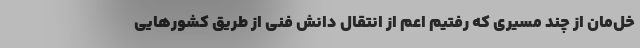
خل‌مان از چند مسیری که رفتیم اعم از انتقال دانش فنی از طریق کشورهایی